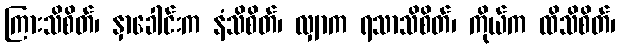
ကြားသိစိတ်၊ နှာခေါင်းက နံသိစိတ်၊ လျှာက ရသာသိစိတ်၊ ကိုယ်က ထိသိစိတ်၊